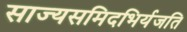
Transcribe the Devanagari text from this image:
साज्यसमिदभिर्यजति